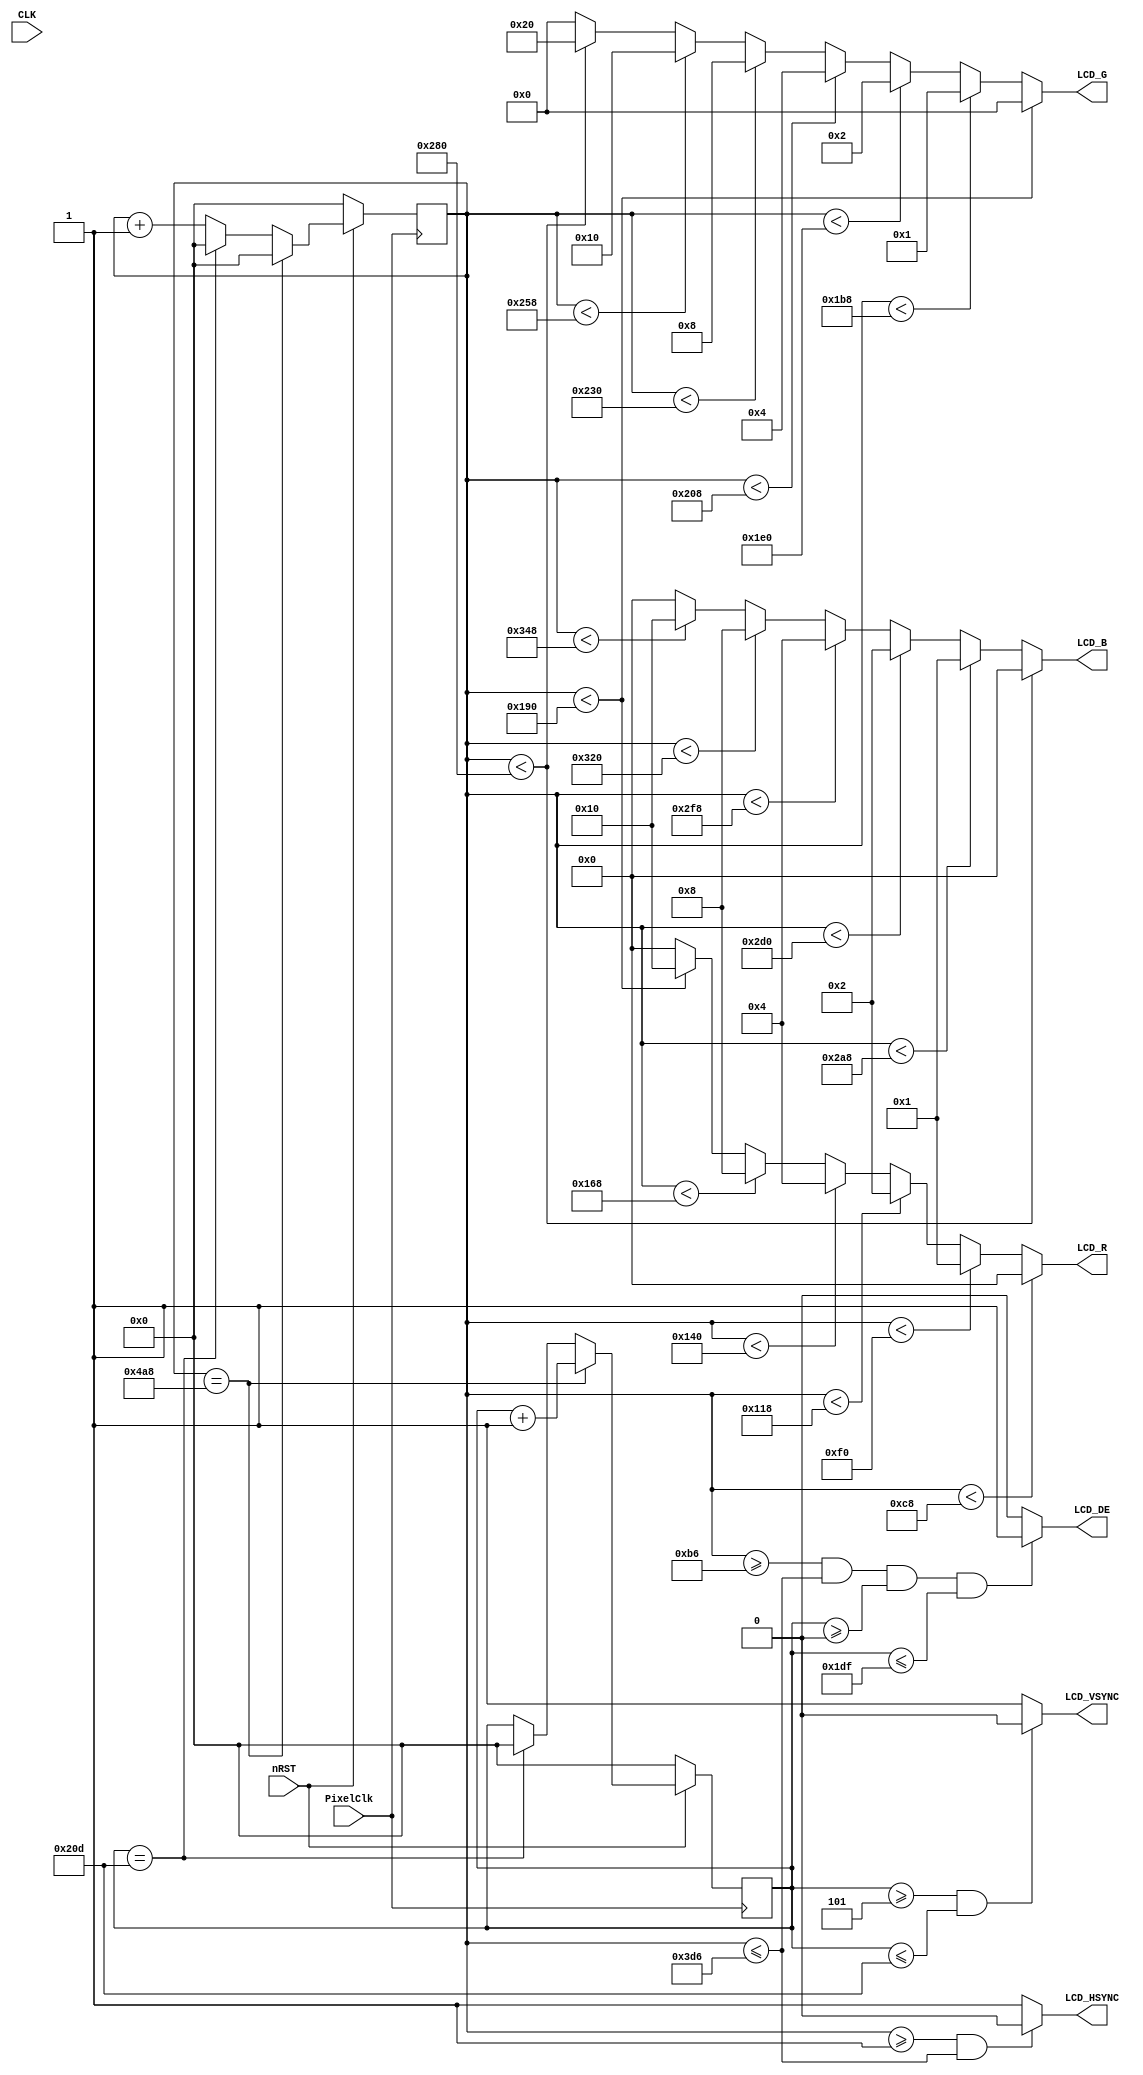
module VGAMod
(
    input                   CLK,
    input                   nRST,

    input                   PixelClk,

    output                  LCD_DE,
    output                  LCD_HSYNC,
    output                  LCD_VSYNC,

	output          [4:0]   LCD_B,
	output          [5:0]   LCD_G,
	output          [4:0]   LCD_R
);

    reg         [15:0]  PixelCount;
    reg         [15:0]  LineCount;

	//pluse include in back pluse; t=pluse, sync act; t=bp, data act; t=bp+height, data end
	/*localparam      V_BackPorch = 16'd12; 
	localparam      V_Pluse 	= 16'd11; 
	localparam      HightPixel  = 16'd272;
	localparam      V_FrontPorch= 16'd8; 
	
	localparam      H_BackPorch = 16'd50; 
	localparam      H_Pluse 	= 16'd10; 
	localparam      WidthPixel  = 16'd480;
	localparam      H_FrontPorch= 16'd8;    */

	localparam      V_BackPorch = 16'd0; //6
	localparam      V_Pluse 	= 16'd5; 
	localparam      HightPixel  = 16'd480;
	localparam      V_FrontPorch= 16'd45; //62

	localparam      H_BackPorch = 16'd182; 	//NOTE: K210
	localparam      H_Pluse 	= 16'd1; 
	localparam      WidthPixel  = 16'd800;
	localparam      H_FrontPorch= 16'd210;

    localparam      PixelForHS  =   WidthPixel + H_BackPorch + H_FrontPorch;  	
    localparam      LineForVS   =   HightPixel + V_BackPorch + V_FrontPorch;

    always @(  posedge PixelClk)begin
        if( !nRST ) begin
            LineCount       <=  16'b0;    
            PixelCount      <=  16'b0;
            end
        else if(  PixelCount  ==  PixelForHS ) begin
            PixelCount      <=  16'b0;
            LineCount       <=  LineCount + 1'b1;
            end
        else if(  LineCount  == LineForVS  ) begin
            LineCount       <=  16'b0;
            PixelCount      <=  16'b0;
            end
        else begin
            PixelCount       <=  PixelCount + 1'b1;
        end
    end

	reg			[9:0]  Data_R;
	reg			[9:0]  Data_G;
	reg			[9:0]  Data_B;

    always @(  posedge PixelClk)begin
        if( !nRST ) begin
			Data_R <= 9'b0;
			Data_G <= 9'b0;
			Data_B <= 9'b0;
            end
        else begin
			end
	end

	//HSYNCVSYNC
    assign  LCD_HSYNC = (( PixelCount >= H_Pluse)&&( PixelCount <= (PixelForHS-H_FrontPorch))) ? 1'b0 : 1'b1;
    //assign  LCD_VSYNC = ((( LineCount  >= 0 )&&( LineCount  <= (V_Pluse-1) )) ) ? 1'b1 : 1'b0;		//
	assign  LCD_VSYNC = ((( LineCount  >= V_Pluse )&&( LineCount  <= (LineForVS-0) )) ) ? 1'b0 : 1'b1;
    //assign  FIFO_RST  = (( PixelCount ==0)) ? 1'b1 : 1'b0;  //H_BackPorch

    assign  LCD_DE = (  ( PixelCount >= H_BackPorch )&&
                        ( PixelCount <= PixelForHS-H_FrontPorch ) &&
                        ( LineCount >= V_BackPorch ) &&
                        ( LineCount <= LineForVS-V_FrontPorch-1 ))  ? 1'b1 : 1'b0;
						//

    assign  LCD_R   =   (PixelCount<200)? 5'b00000 : 
                        (PixelCount<240 ? 5'b00001 :    
                        (PixelCount<280 ? 5'b00010 :    
                        (PixelCount<320 ? 5'b00100 :    
                        (PixelCount<360 ? 5'b01000 :    
                        (PixelCount<400 ? 5'b10000 :  5'b00000 )))));

    assign  LCD_G   =   (PixelCount<400)? 6'b000000 : 
                        (PixelCount<440 ? 6'b000001 :    
                        (PixelCount<480 ? 6'b000010 :    
                        (PixelCount<520 ? 6'b000100 :    
                        (PixelCount<560 ? 6'b001000 :    
                        (PixelCount<600 ? 6'b010000 :  
                        (PixelCount<640 ? 6'b100000 : 6'b000000 ))))));

    assign  LCD_B   =   (PixelCount<640)? 5'b00000 : 
                        (PixelCount<680 ? 5'b00001 :    
                        (PixelCount<720 ? 5'b00010 :    
                        (PixelCount<760 ? 5'b00100 :    
                        (PixelCount<800 ? 5'b01000 :    
                        (PixelCount<840 ? 5'b10000 :  5'b00000 )))));

endmodule